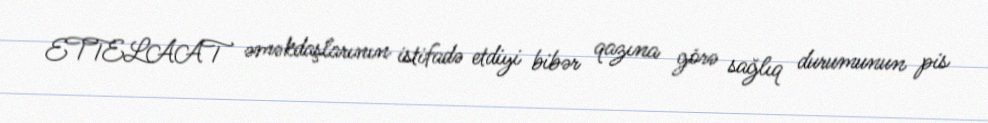
ETTELAAT əməkdaşlarının istifadə etdiyi bibər qazına görə sağlıq durumunun pis